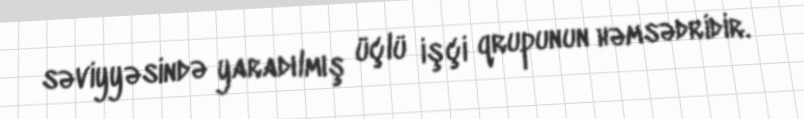
səviyyəsində yaradılmış üçlü işçi qrupunun həmsədridir.